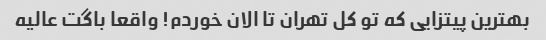
بهترین پیتزایی که تو کل تهران تا الان خوردم! واقعا باگت عالیه